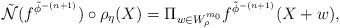
LaTeX: \begin{align*}\Tilde{\mathcal{N}}(f^{\tilde{\phi}^{-(n+1)}}) \circ \rho_{\eta}(X) = \Pi_{w \in W_{\rho}^{m_0}} f^{\tilde{\phi}^{-(n+1)}}(X+w),\end{align*}